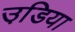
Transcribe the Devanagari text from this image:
उडि़या